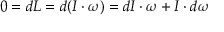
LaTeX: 0 = d L = d ( I \cdot \omega ) = d I \cdot \omega + I \cdot d \omega